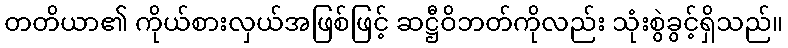
တတိယာ၏ ကိုယ်စားလှယ်အဖြစ်ဖြင့် ဆဋ္ဌီဝိဘတ်ကိုလည်း သုံးစွဲခွင့်ရှိသည်။